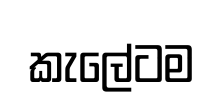
කැලේටම